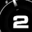
Digit: 2